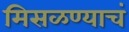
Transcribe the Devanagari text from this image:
मिसळण्याचं